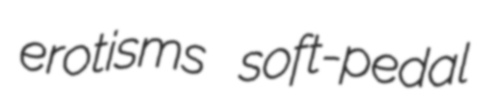
erotisms soft-pedal